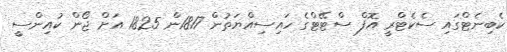
ކެބިނެޓްގައި ސެކެޓްރީ އޮފް ސްޓޭޓްގެ ހައިސިއްޔަތުން 1817ން 1825 އަށް ޖޯން ކުއިންސީ